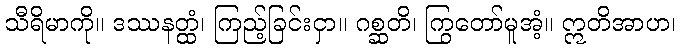
သီရိမာကို။ ဒဿနတ္ထံ၊ ကြည့်ခြင်းငှာ။ ဂစ္ဆတိ၊ ကြွတော်မူအံ့။ ဣတိအာဟ၊